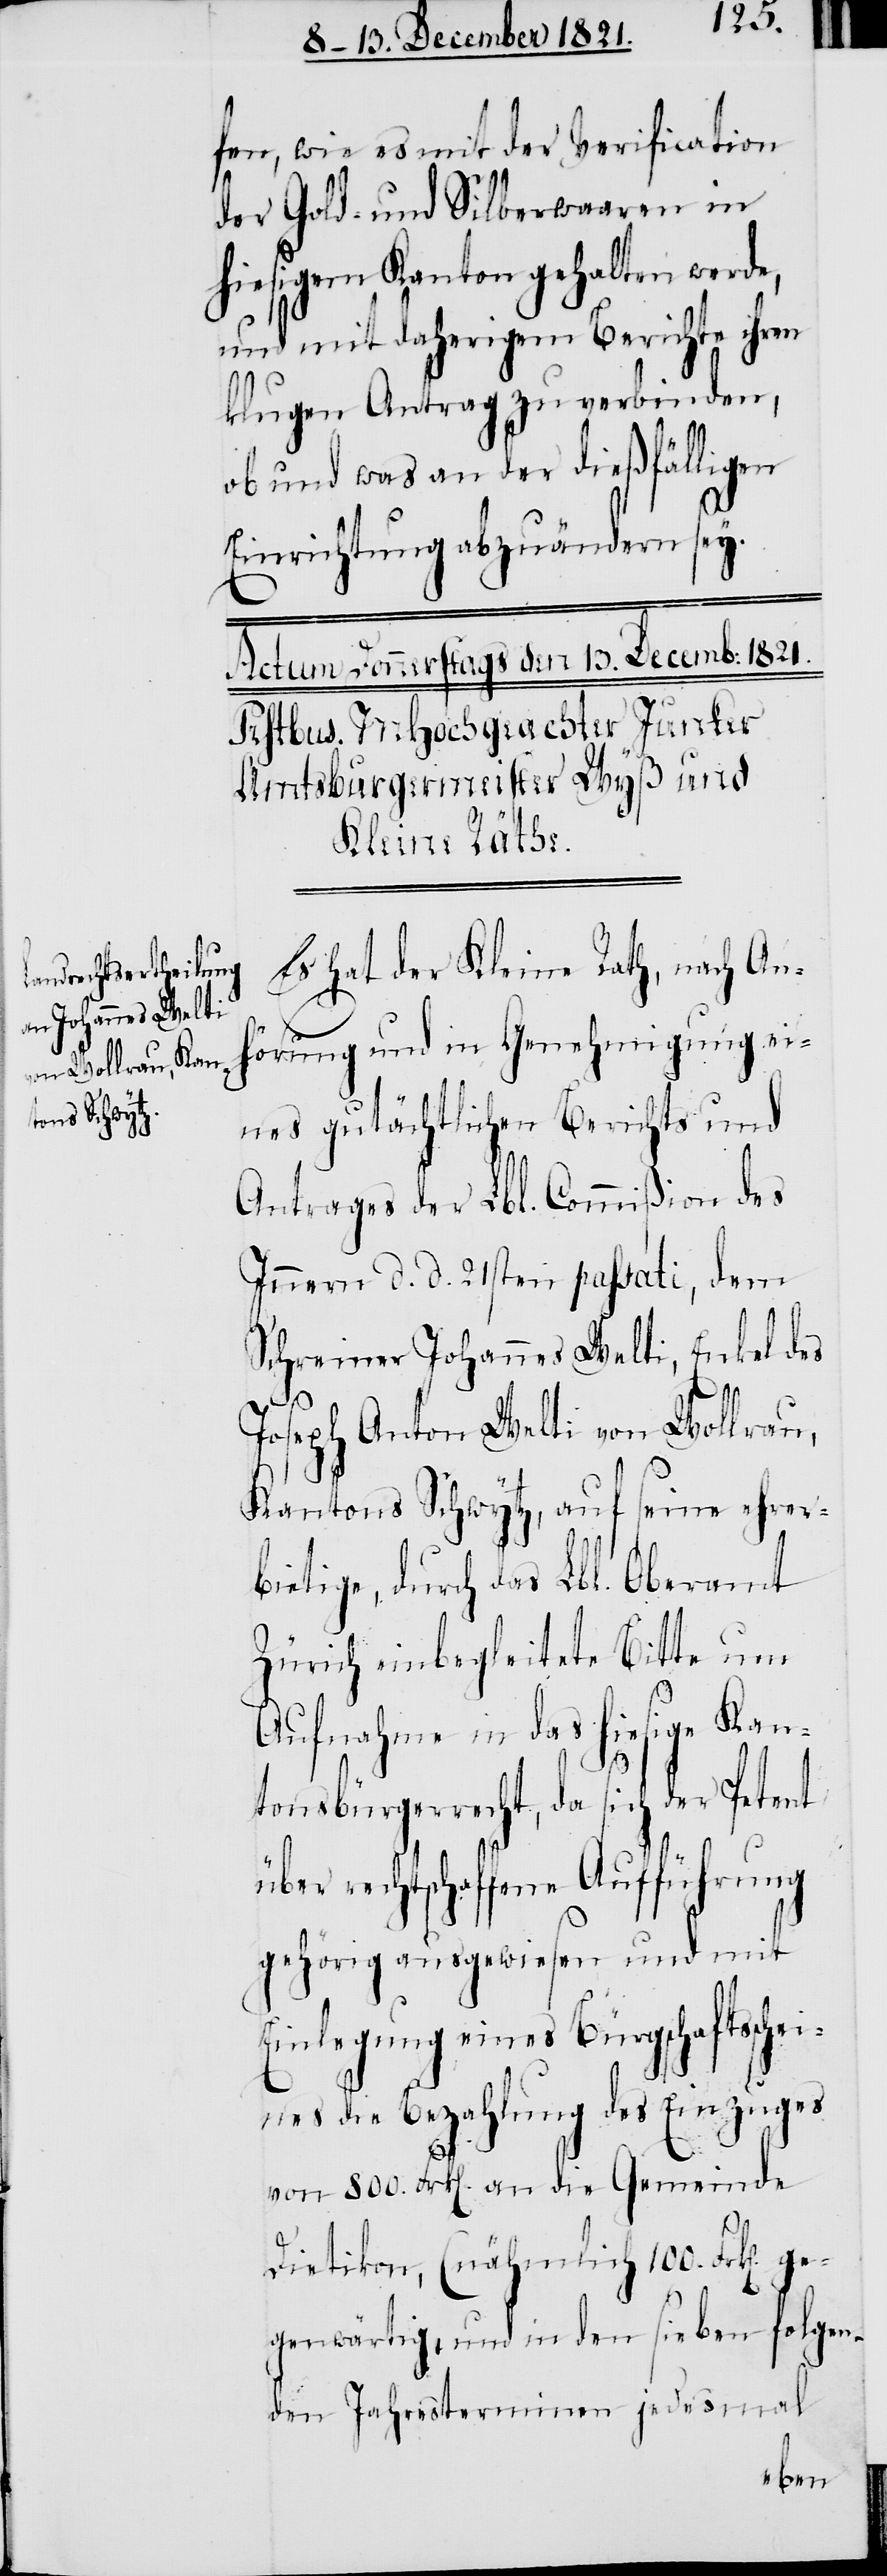
ner Johannes Welti
von Wollrau,
Schrei¬

fen, wie es mit der Verification
der Gold- und Silberwaaren in
hiesigem Kanton gehalten werde,
und mit daherigem Berichte ihren
klugen Antrag zu verbinden,
ob und was an der dießfälligen
Einrichtung abzuändern sey.
Es hat der Kleine Rath, nach An¬
hörung und in Genehmigung ei¬
nes gutächtlichen Berichts und
Antrages der Lbl. Commißion des
Innern d. d. 21sten passati, dem
Kantons Schwytz, auf seine ehrer¬
bietige, durch das Lbl. Oberamt
Zürich einbegleitete Bitte um
Aufnahme in das hiesige Kan¬
tonsbürgerrecht, da sich der Petent
über rechtschaffene Aufführung
gehörig ausgewiesen und mit
Einlegung eines Bürgschaftssche¬
ines die Bezahlung des Einzuges
von 800. Frk[en]. an die Gemeinde
Dietikon, (nähmlich 100. Frk[en].
gegenwärtig, und in den sieben folgen¬
den Jahresterminen jedesmal